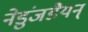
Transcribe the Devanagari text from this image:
नेडुंजडैयन्